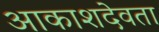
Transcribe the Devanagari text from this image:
आकाशदेवता